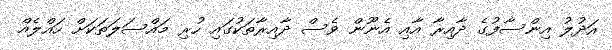
އަދުލު އިންސާފުގެ ދާއިރާ އާއި އެނޫން ވެސް ދާއިރާތަކުގައި ހުރި މައްސަލަތަކަށް ހައްލެއް